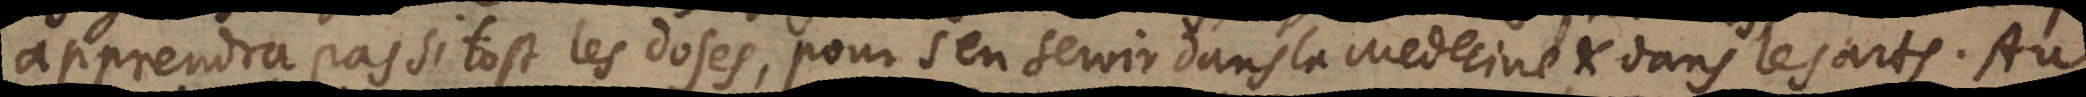
apprendra pas si tost les doses, pour s’en servir dans la Medecine et dans les arts. Au